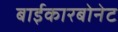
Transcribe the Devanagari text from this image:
बाईकारबोनेट